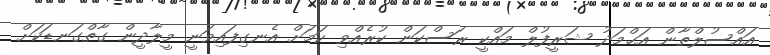
އައްސުލްތާން އަޙްމަދު ޝަރީފުލް މައްކީ ރަސްކަން ކުރެއްވި ކަމަށް އެނގިފައިވަނީ މީލާދީން ގާތްގަނޑަކަށް